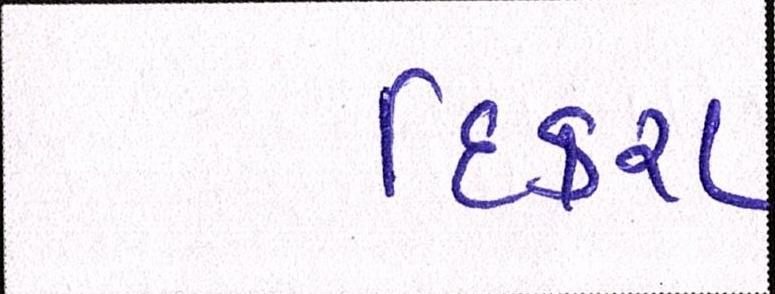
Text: દિકરા